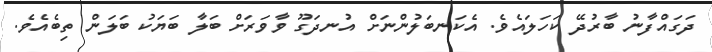
ދަގައްފާނު ބާރުދޭ ކަހަލައެވެ. އެކަނބަލުންނަށް އުނދަގޫ ވާވަރަށް ބަލާ ބަޔަކު ބަލަން ތިބެއެވެ.